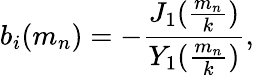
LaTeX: b_{i}(m_{n})=-{\frac{J_{1}({\frac{m_{n}}{k}})}{Y_{1}({\frac{m_{n}}{k}})}},